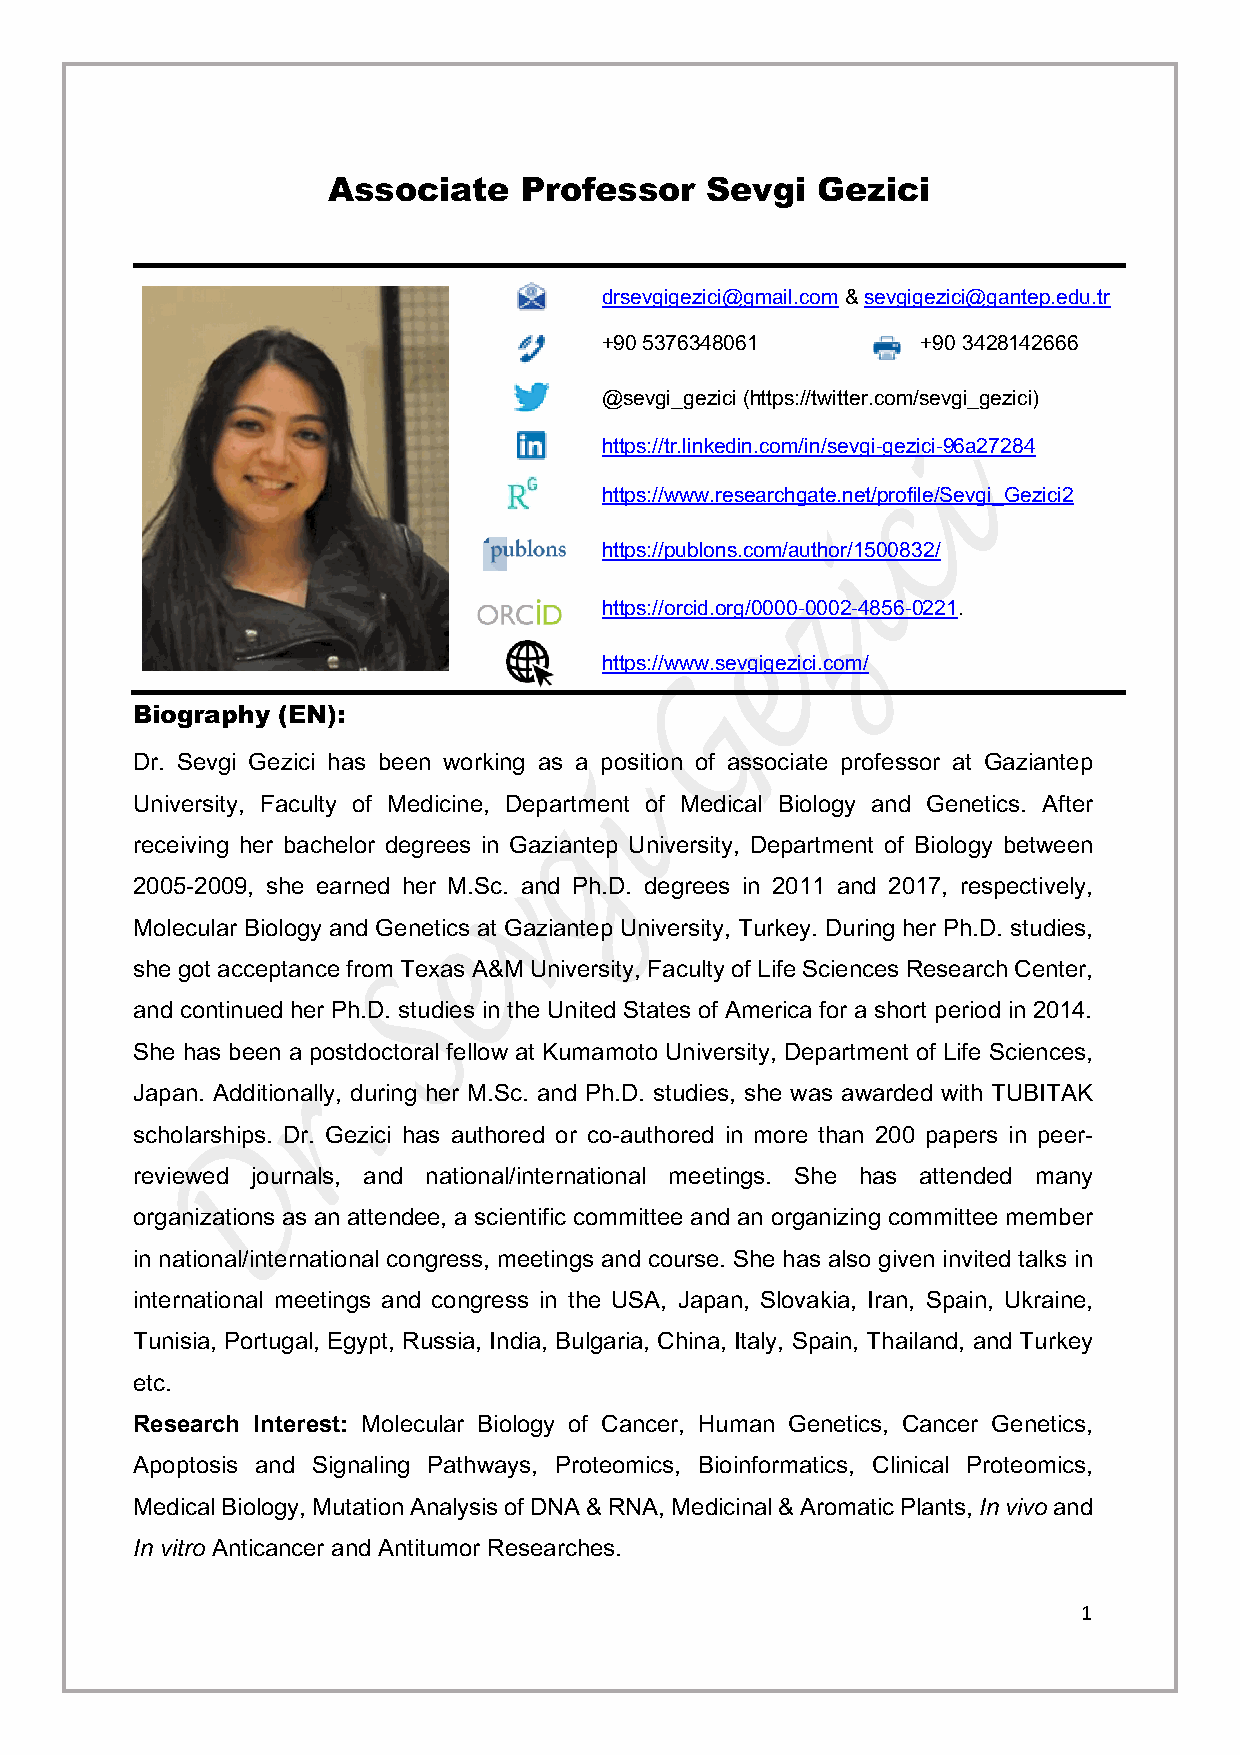
Associate   Professor    Sevgi  Gezici
 drsevgigezici@gmail.com & sevgigezici@gantep.edu.tr
 +90 5376348061       +90 3428142666
 @sevgi_gezici (https://twitter.com/sevgi_gezici)
 https://tr.linkedin.com/in/sevgi-gezici-96a27284
 https://www.researchgate.net/profile/Sevgi_Gezici2
 https://publons.com/author/1500832/
 https://orcid.org/0000-0002-4856-0221.
 https://www.sevgigezici.com/
 Biography (EN):
 Dr. Sevgi Gezici has been working as a position of associate professor at Gaziantep
 University, Faculty of Medicine, Department of Medical Biology and Genetics. After
 receiving her bachelor degrees in Gaziantep University, Department of Biology between
 2005-2009, she earned her M.Sc. and Ph.D. degrees in 2011 and 2017, respectively,
 Molecular Biology and Genetics at Gaziantep University, Turkey. During her Ph.D. studies,
 she got acceptance from Texas A&M University, Faculty of Life Sciences Research Center,
 and continued her Ph.D. studies in the United States of America for a short period in 2014.
 She has been a postdoctoral fellow at Kumamoto University, Department of Life Sciences,
 Japan. Additionally, during her M.Sc. and Ph.D. studies, she was awarded with TUBITAK
 scholarships. Dr. Gezici has authored or co-authored in more than 200 papers in peer-
 reviewed journals, and national/international meetings. She has attended many
 organizations as an attendee, a scientific committee and an organizing committee member
 in national/international congress, meetings and course. She has also given invited talks in
 international meetings and congress in the USA, Japan, Slovakia, Iran, Spain, Ukraine,
 Tunisia, Portugal, Egypt, Russia, India, Bulgaria, China, Italy, Spain, Thailand, and Turkey
 etc.
 Research Interest: Molecular Biology of Cancer, Human Genetics, Cancer Genetics,
 Apoptosis and Signaling Pathways, Proteomics, Bioinformatics, Clinical Proteomics,
 Medical Biology, Mutation Analysis of DNA & RNA, Medicinal & Aromatic Plants, In vivo and
 In vitro Anticancer and Antitumor Researches.
 1